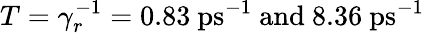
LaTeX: T=\gamma_{r}^{-1}=0.83\ \mathrm{ps}^{-1}\ \mathrm{and}\ 8.36\ \mathrm{ps}^{-1}